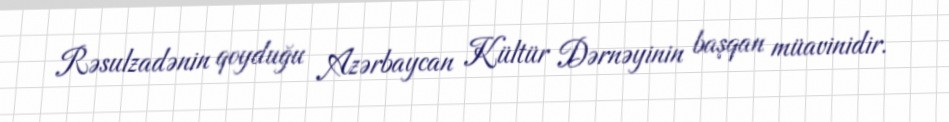
Rəsulzadənin qoyduğu Azərbaycan Kültür Dərnəyinin başqan müavinidir.